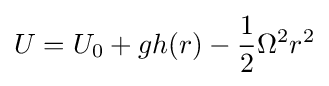
{U}={U}_{0}+gh(r)-{\frac {1}{2}}\Omega ^{2}r^{2}